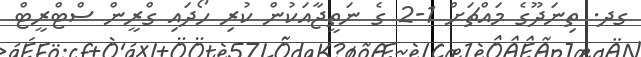
ގދ. ތިނަދޫގެ މައްޗަށް 1-2 ގެ ނަތީޖާއަކުން ކުރި ހޯދައި ގްރީން ސްޓްރީޓް